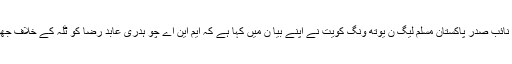
ملکہ (عمر فاروق اعوان محسن ضیاء اعوان) چوہدری غضنفر جمشید نائب صدر پاکستان مسلم لیگ ن یوتھ ونگ کویت نے اپنے بیا ن میں کہا ہے کہ ایم این اے چو ہدری عابد رضا کو ٹلہ کے خلاف جھو ٹا پر ا پیگنڈ ہ کر نے و ا لے عنا صر کو منہ کی کھا نا پڑ ے گی ۔